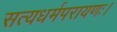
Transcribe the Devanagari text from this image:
सत्यधर्मपरायणः।